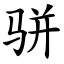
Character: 骈